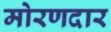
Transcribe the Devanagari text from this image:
मोरणदार